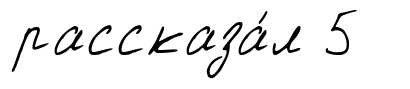
рассказа́л 5